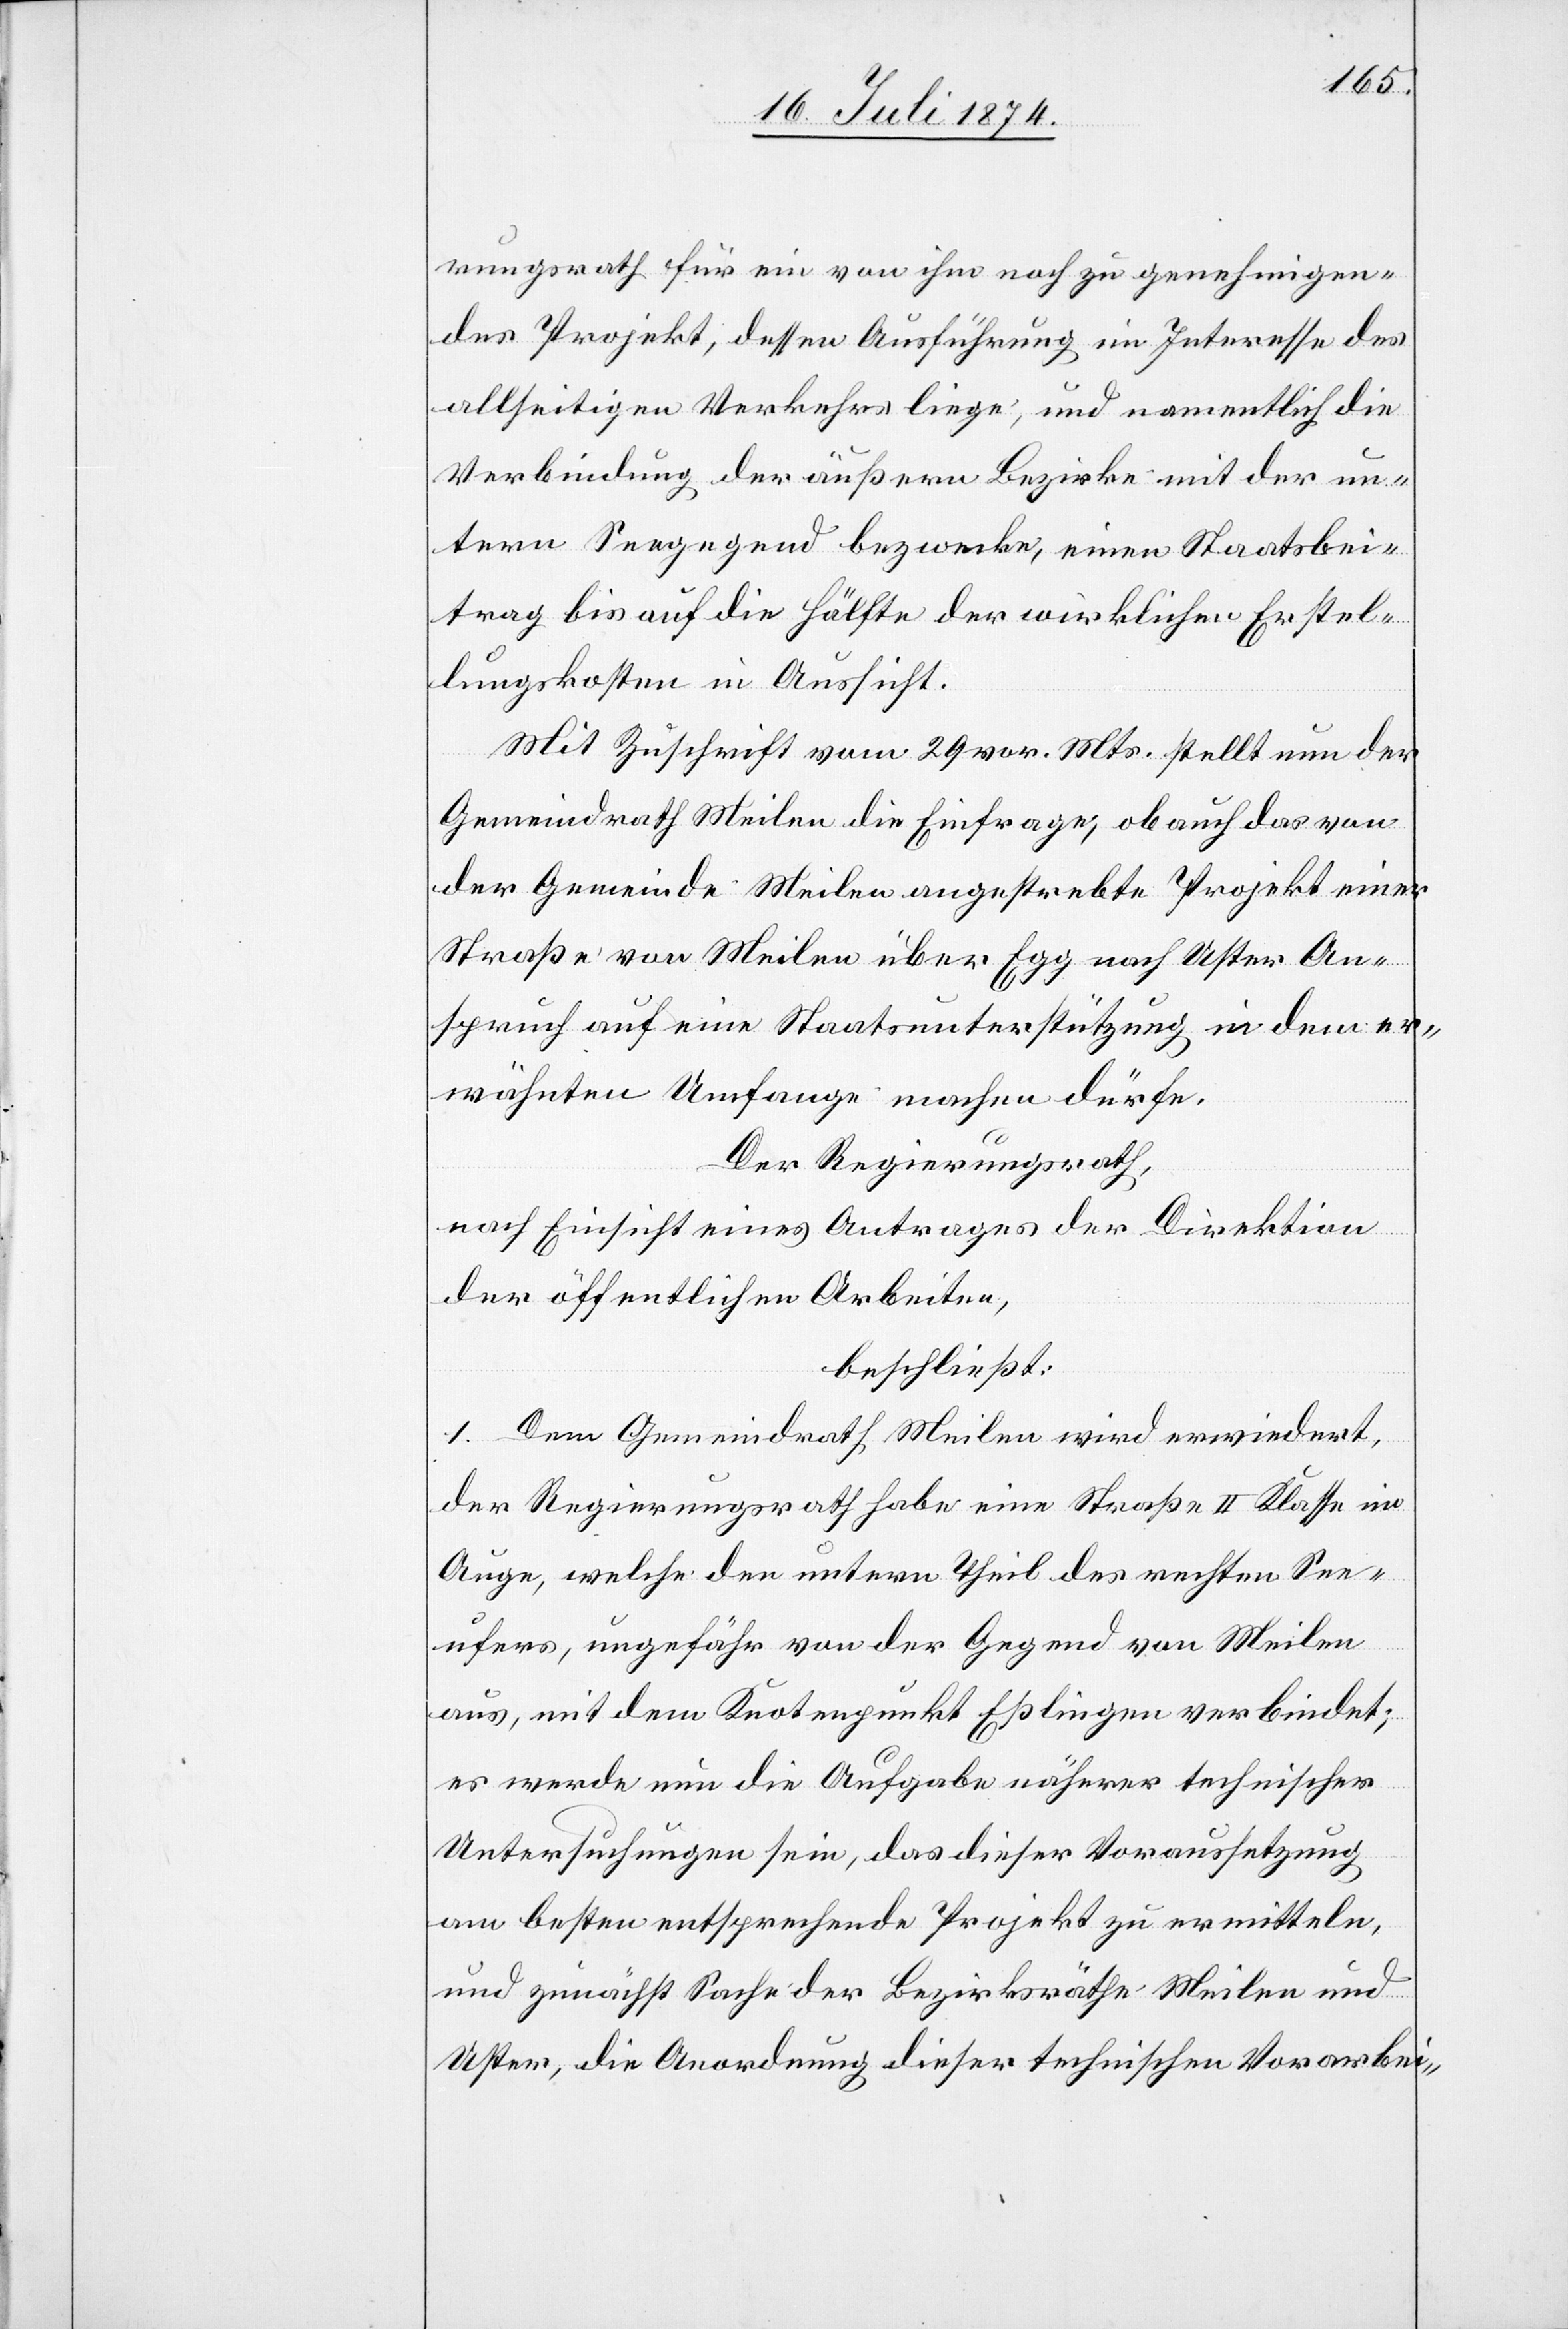
rungsrath für ein von ihm noch zu genehmigen¬
des Projekt, dessen Ausführung im Interesse des
allseitigen Verkehrs liege, und namentlich die
Verbindung der äußern Bezirke mit der un¬
tern Seegegend bezwecke, einen Staatsbei¬
trag bis auf die Hälfte der wirklichen Erstel¬
lungskosten in Aussicht.
Mit Zuschrift vom 29. vor. Mts. stellt nun der
Gemeindrath Meilen die Einfrage, ob auch das von
der Gemeinde Meilen angestrebte Projekt einer
Straße von Meilen über Egg nach Uster An¬
spruch auf eine Staatsunterstützung in dem er¬
wähnten Umfange machen dürfe.
Der Regierungsrath,
nach Einsicht eines Antrages der Direktion
der öffentlichen Arbeiten,
beschließt:
1. Dem Gemeindrath Meilen wird erwiedert,
der Regierungsrath habe eine Straße II. Klasse im
Auge, welche den untern Theil des rechten See¬
ufers, ungefähr von der Gegend von Meilen
aus, mit dem Knotenpunkt Eßlingen verbindet;
es werde nun die Aufgabe näherer technischer
Untersuchungen sein, das dieser Voraussetzung
am besten entsprechende Projekt zu ermitteln,
und zunächst Sache der Bezirksräthe Meilen und
Uster, die Anordnung dieser technischen Vorarbei-